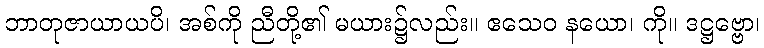
ဘာတုဇာယာယပိ၊ အစ်ကို ညီတို့၏ မယား၌လည်း။ ဧသေဝ နယော၊ ကို။ ဒဋ္ဌဗ္ဗော၊